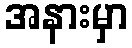
အနားမှာ